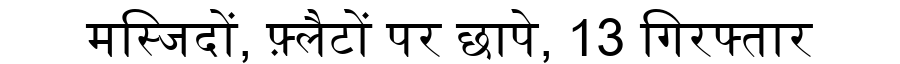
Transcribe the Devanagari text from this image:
मस्जिदों, फ़्लैटों पर छापे, 13 गिरफ्तार